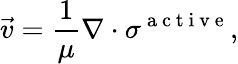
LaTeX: \vec{v}=\frac{1}{\mu}\nabla\cdot\sigma^{\mathrm{~a~c~t~i~v~e~}},